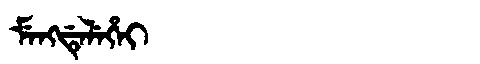
Manchu: ᠮᡝᠩᡩᡝᠯᡝᡥᡝᡳ
Romanization: MENGDELEHEI